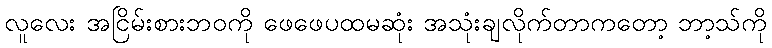
လူလေး အငြိမ်းစားဘဝကို ဖေဖေပထမဆုံး အသုံးချလိုက်တာကတော့ ဘာ့သ်ကို